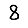
Digit: 8